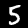
Label: 5